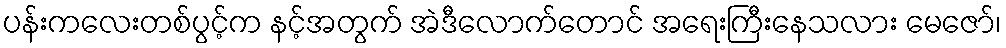
ပန်းကလေးတစ်ပွင့်က နင့်အတွက် အဲဒီလောက်တောင် အရေးကြီးနေသလား မေဇော်၊